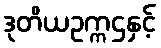
ဒုတိယဥက္ကဌနှင့်